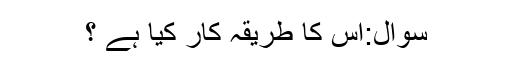
سوال:اس کا طریقہ کار کیا ہے ؟